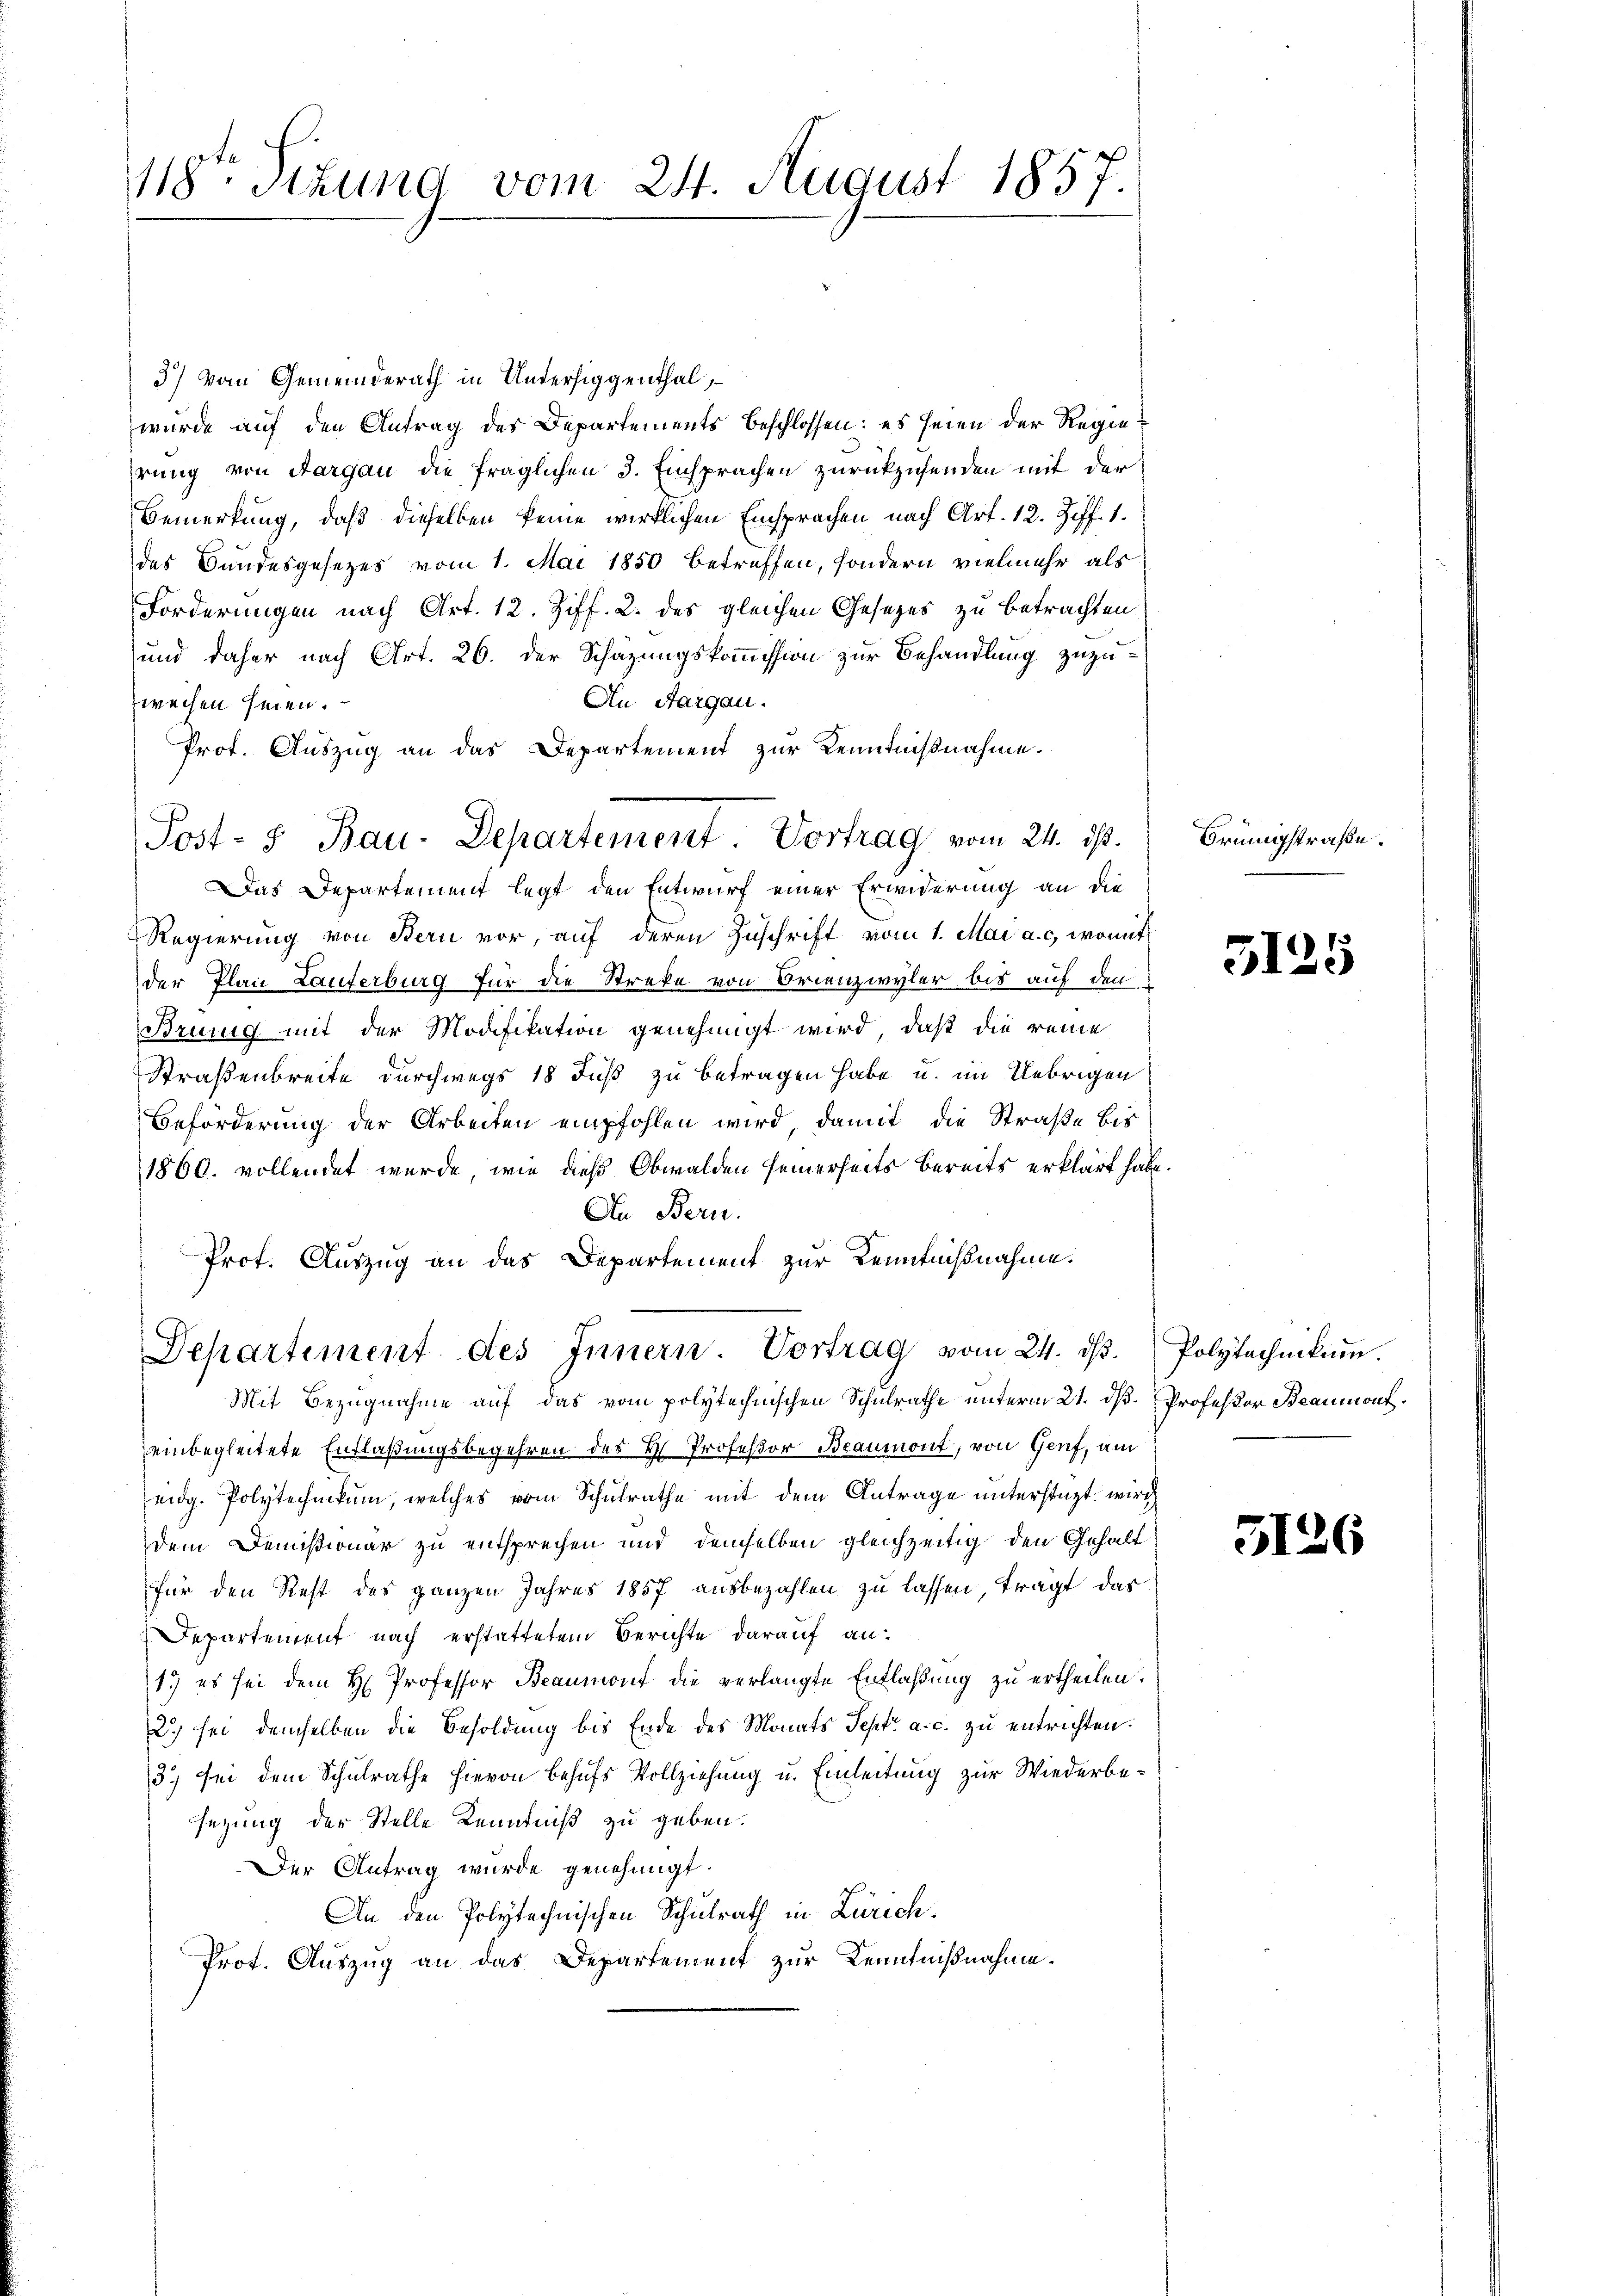
118 schung vom 24. August 1857.

3) Vom Gemeinderath in Untersiggenthal,
wurde auf den Antrag des Departements beschlossen: es seien der Regiehrung von Aargau die fraglichen 3. Einsprachen zurückzusenden mit der
Bemerkung, daß dieselben keine wirklichen Einsprachen nach Art. 12. Ziff. 1.
des Bundesgesezes vom 1. Mai 1850 betreffen, sondern vielmehr als
Forderungen nach Art. 12. Ziff. 2. des gleichen Gesezes zu betrachten
und daher nach Art. 26. der Schätzungskommission zur Behandlung zuzu¬
An Aargau.
weisen seien.
Prot. Auszug an das Departement zur Kenntnißnahme.
Das Departement legt den Entwurf einer Erwiderung an die
Regierung von Bern vor, auf deren Zuschrift vom 1. Mai a. c. womit
der Plan Lauferburg für die Streke von Orienzwyler bis auf den
Brung mit der Modifikation genehmigt wird, daß die reine
Straßenbreite durchwegs 18 Fuß zu betragen habe u. im Uebrigen
Beförderung der Arbeiten empfohlen wird, damit die Straße bis
1860. vollendet wurde, wie dieß Obwalden seinerseits bereits erklärt habe.
In Bern.
Prof. Auszug an das Departement zur Kenntnißnahme.
Departement des Innern. Vortrag vom 24. dβ. Polytechnikum.
Mit Bezugnahme auf das vom polytechnischen Schulrathe unterm 21. dβ. Professor Beaumont.
einbegleitete Entlaßungsbegehren des H. Professor Beaumont, von Genf, am
eidg. Polytechnikum, welches vom Schulrathe mit dem Antrage unterstüzt wirth
dem Demissionar zu entsprechen und demselben gleichzeitig den Gehalt
für den Rest des ganzen Jahres 1857 ausbezahlen zu lassen, tragt das
Departement nach erstattetem Berichte darauf an:
1.) es sei dem H Professor Beaumont die verlangte Entlaßung zu ertheilen.
2.) sei demselben die Besoldung bis Ende des Monats Sept. a. c. zu entrichten.
3.) Sei dem Schulrathe hievon behufs Vollziehung u. Einleitung zur Wiederbesezung der Stelle Kenntniß zu geben.
Der Antrag wurde genehmigt.
An den Polytechnischen Schulrath in Zürich.
Prot. Auszug an das Departement zur Kenntnißnahme.

Post- 5 Bau-Departement. Vortrag vom 24. ist.

Brünigstraße.

5125

5126